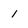
Character: 1